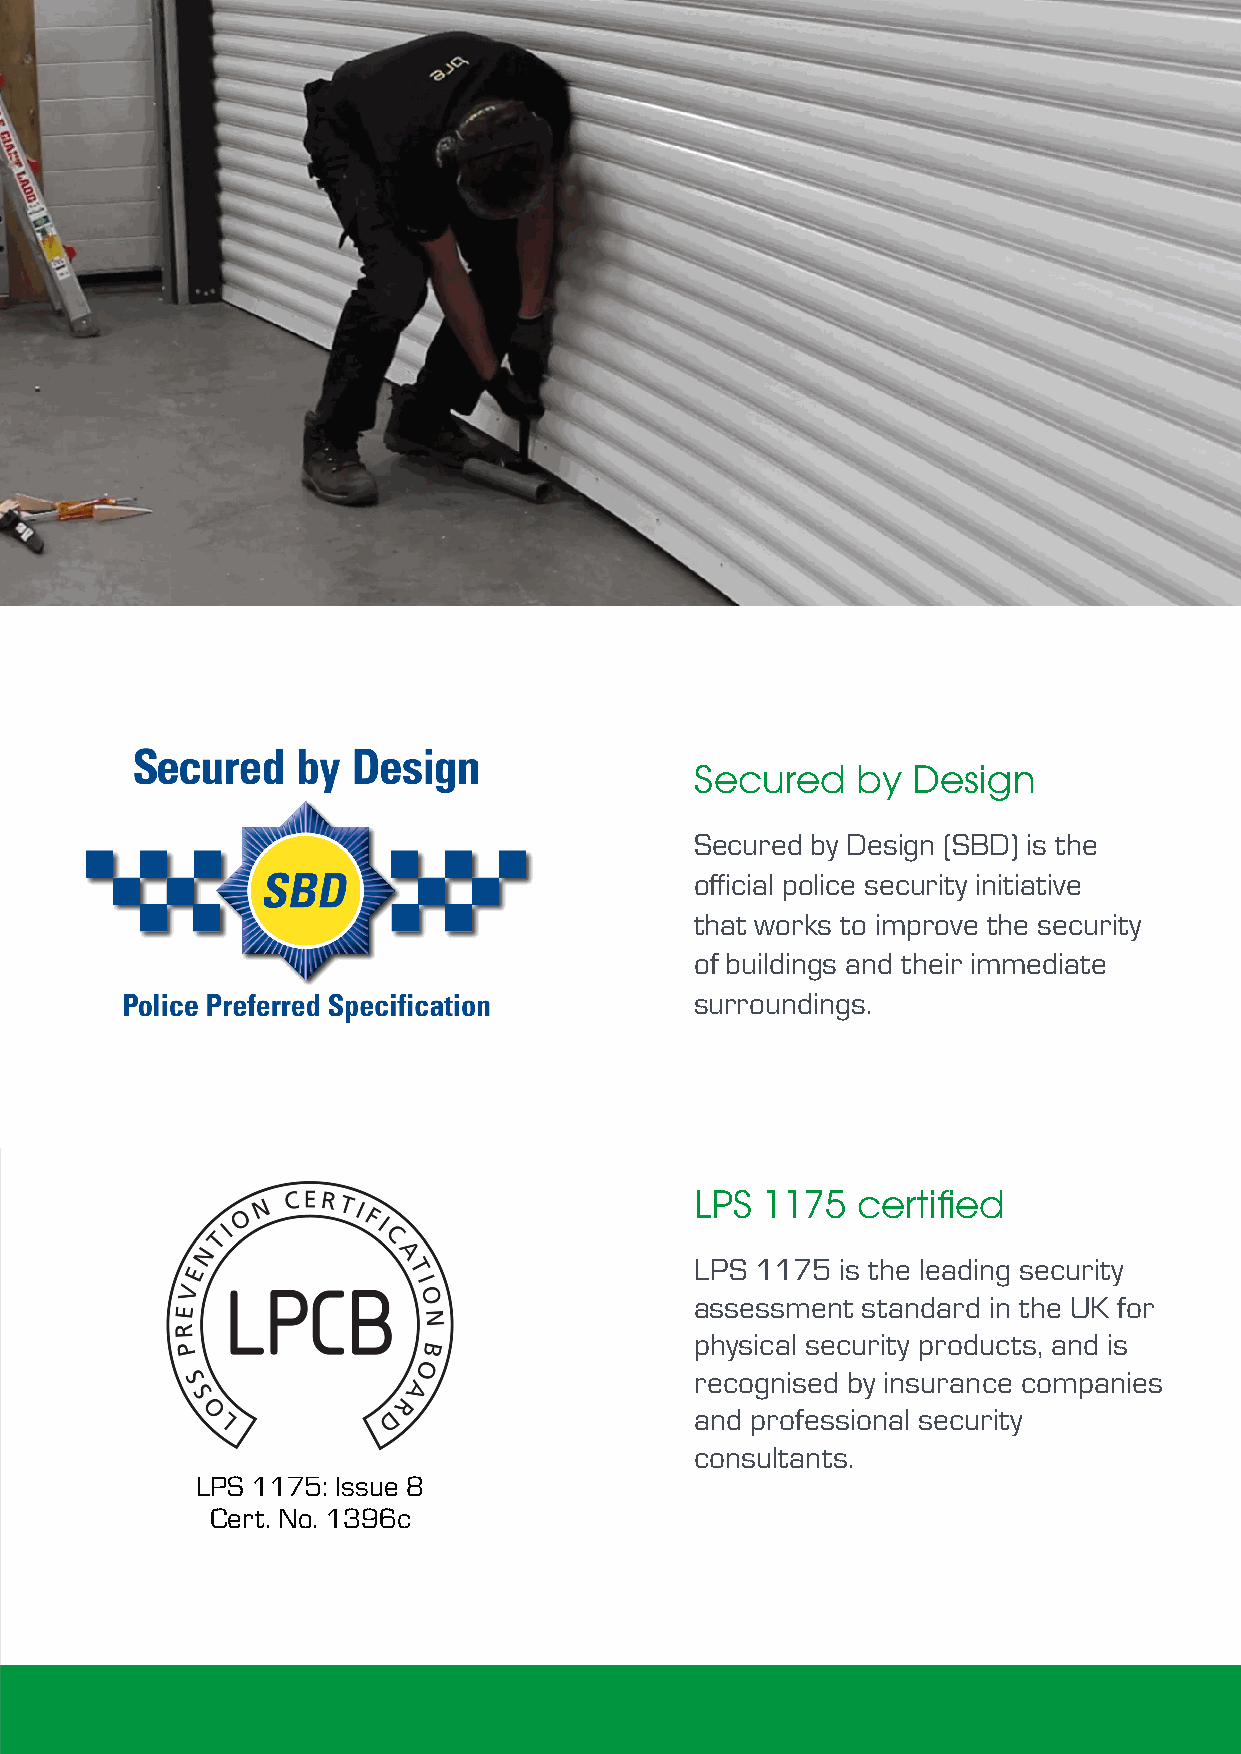
Secured    by Design
 Secured by Design (SBD) is the
 official police security initiative
 that works to improve the security
 of buildings and their immediate
 surroundings.
 LPS 1175   certified
 LPS 1175  is the leading security
 assessment standard in the UK for
 physical security products, and is
 recognised by insurance companies
 and professional security
 consultants.
 LPS 1175: Issue 8
 Cert. No. 1396c